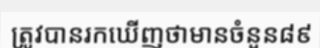
ត្រូវបានរកឃើញថាមានចំនួន៨៩